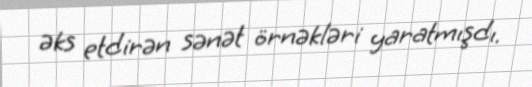
əks etdirən sənət örnəkləri yaratmışdı.